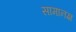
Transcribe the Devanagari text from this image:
सामानज्ञ